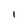
Character: l